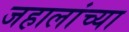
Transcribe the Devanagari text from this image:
जहालांच्या